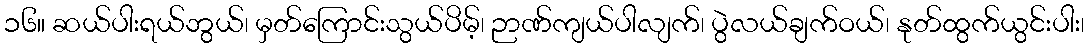
၁၆။ ဆယ်ပါးရယ်ဘွယ်၊ မှတ်ကြောင်းသွယ်ပိမ့်၊ ဉာဏ်ကျယ်ပါလျက်၊ ပွဲလယ်ချက်ဝယ်၊ နုတ်ထွက်ယွင်းပါး၊